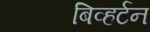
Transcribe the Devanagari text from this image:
बिव्हर्टन